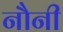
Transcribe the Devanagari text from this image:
नौनी